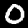
Label: 0